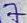
Text: 7